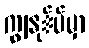
ကျွနု်ပ်မှာ